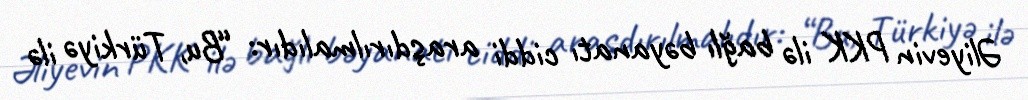
Əliyevin PKK ilə bağlı bəyanatı ciddi araşdırılmalıdır: “Bu, Türkiyə ilə